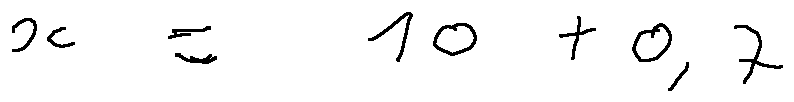
x = 1 0 + 0 , 7